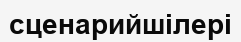
сценарийшілері